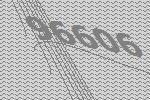
96606